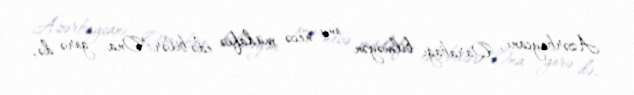
Azərbaycanı, Qarabağı bilməyən onu necə müdafiə edə bilər?Ona görə də,